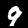
Digit: 9